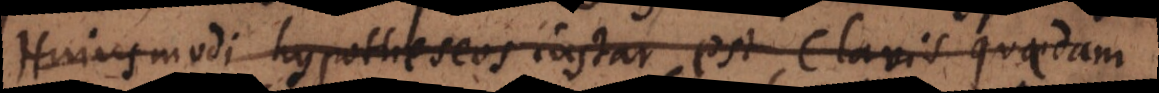
Hujusmodi hypotheseos instar est clavis quaedam